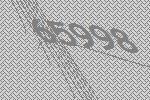
65998